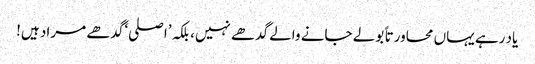
یاد رہے یہاں محاورتا ً بولے جانے والے گدھے نہیں، بلکہ ’اصلی‘ گدھے مراد ہیں!